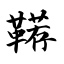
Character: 鞯